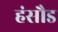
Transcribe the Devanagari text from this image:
हंसौड